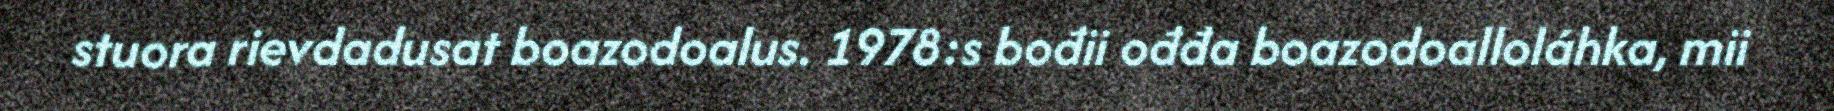
stuora rievdadusat boazodoalus. 1978:s bođii ođđa boazodoalloláhka, mii